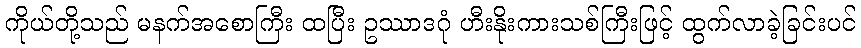
ကိုယ်တို့သည် မနက်အစောကြီး ထပြီး ဥဿာဒဂုံ ဟီးနိုးကားသစ်ကြီးဖြင့် ထွက်လာခဲ့ခြင်းပင်